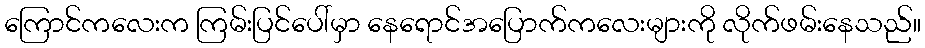
ကြောင်ကလေးက ကြမ်းပြင်ပေါ်မှာ နေရောင်အပြောက်ကလေးများကို လိုက်ဖမ်းနေသည်။